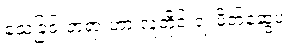
သေခြင်းတရားဟာ လူတိုင်းရဲ့ မိတ်ဆွေပဲ။